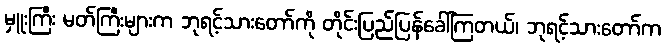
မှူးကြီး မတ်ကြီးများက ဘုရင့်သားတော်ကို တိုင်းပြည်ပြန်ခေါ်ကြတယ်၊ ဘုရင့်သားတော်က